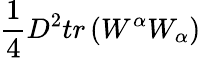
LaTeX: \frac{1}{4}D^{2}tr\left(W^{\alpha}W_{\alpha}\right)